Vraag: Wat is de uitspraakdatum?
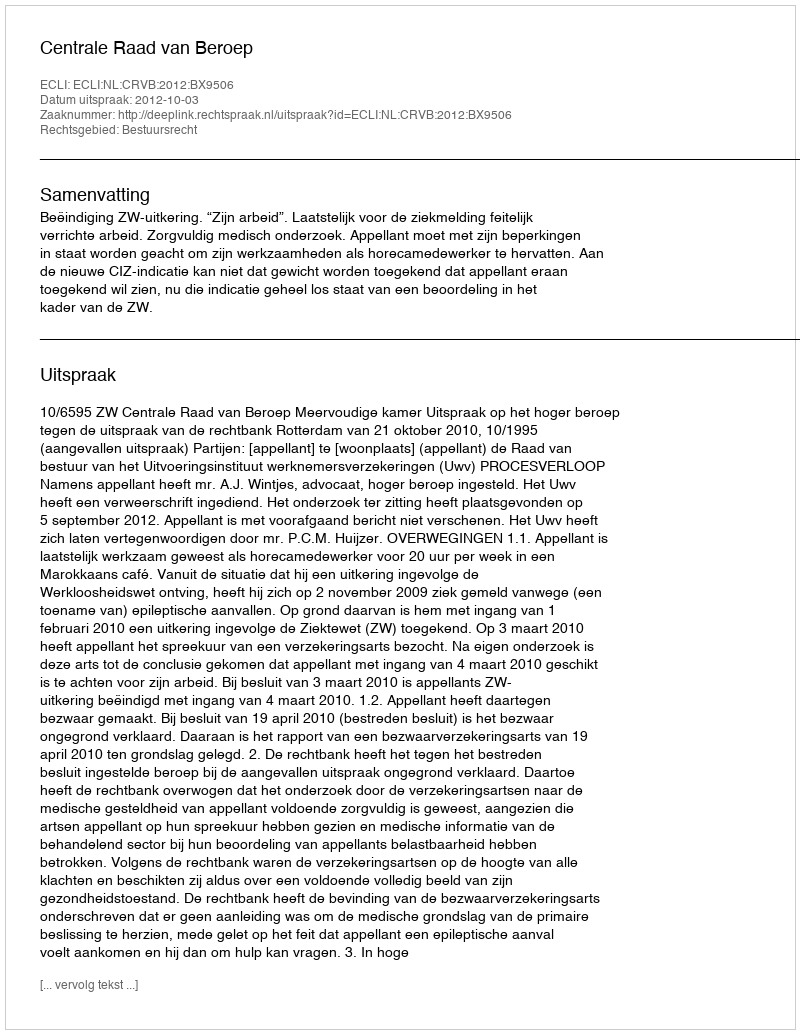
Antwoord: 2012-10-03